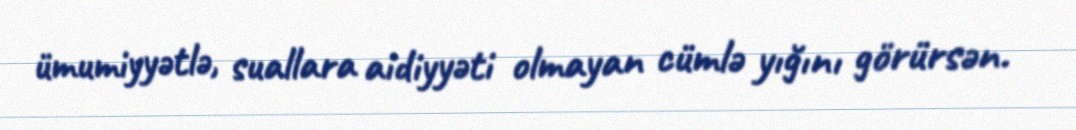
ümumiyyətlə, suallara aidiyyəti olmayan cümlə yığını görürsən.